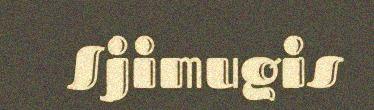
Sjimugis